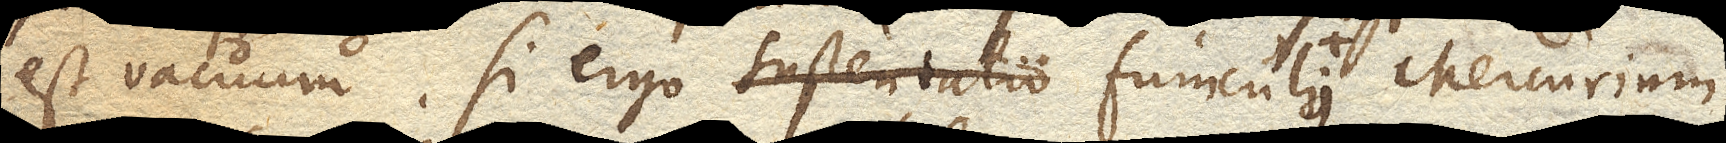
est vacuum, si ergo sustentatio funiculi Mercurium